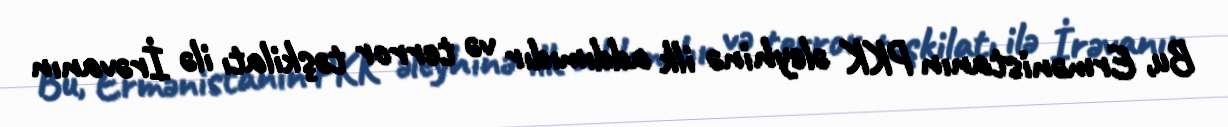
Bu, Ermənistanın PKK əleyhinə ilk addımıdır və terror təşkilatı ilə İrəvanın